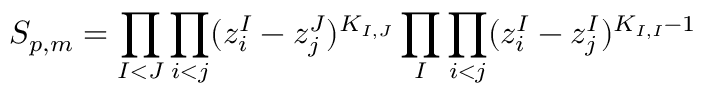
S _ { p , m } = \prod _ { I < J } \prod _ { i < j } ( z _ { i } ^ { I } - z _ { j } ^ { J } ) ^ { K _ { I , J } } \prod _ { I } \prod _ { i < j } ( z _ { i } ^ { I } - z _ { j } ^ { I } ) ^ { K _ { I , I } - 1 }